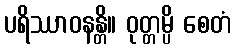
ပရိဿာဝနန္တိ။ ဝုတ္တမ္ပိ စေတံ